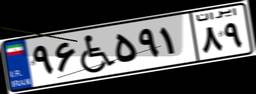
۹۶W۵۹۱۸۹